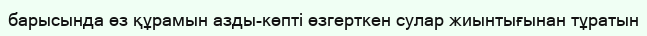
барысында өз құрамын азды-көпті өзгерткен сулар жиынтығынан тұратын